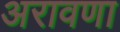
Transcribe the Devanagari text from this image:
अरावणा